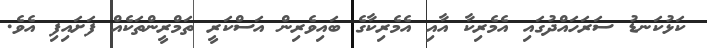
ކަޅުކަނޑު ސަރަހައްދުގައި އެމެރިކާ އާއި އެމެރިކާގެ ބައިވެރިން އަސްކަރީ ތަމްރީންތަކެއް ފަށައިފި އެވެ.